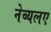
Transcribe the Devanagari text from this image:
नेब्यलए